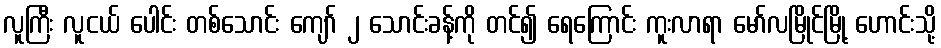
လူကြီး လူငယ် ပေါင်း တစ်သောင်း ကျော် ၂ သောင်းခန့်ကို တင်၍ ရေကြောင်း ကူးလာရာ မော်လမြိုင်မြို့ ဟောင်းသို့